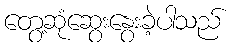
တွေ့ဆုံဆွေးနွေးခဲ့ပါသည်